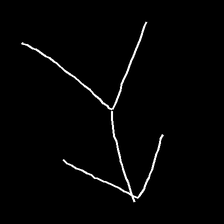
Glyph: gather